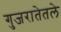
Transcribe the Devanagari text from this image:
गुजरातेतले